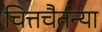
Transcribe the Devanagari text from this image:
चित्तचैतन्या